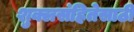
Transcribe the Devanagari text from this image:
शुक्लसंहितेसाठी